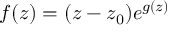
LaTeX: f ( z ) = ( z - z _ { 0 } ) e ^ { g ( z ) }